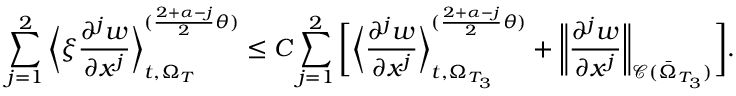
\sum _ { j = 1 } ^ { 2 } \bigg \langle \xi \frac { \partial ^ { j } w } { \partial x ^ { j } } \bigg \rangle _ { t , \Omega _ { T } } ^ { ( \frac { 2 + \alpha - j } { 2 } \theta ) } \leq C \sum _ { j = 1 } ^ { 2 } \bigg [ \bigg \langle \frac { \partial ^ { j } w } { \partial x ^ { j } } \bigg \rangle _ { t , \Omega _ { T _ { 3 } } } ^ { ( \frac { 2 + \alpha - j } { 2 } \theta ) } + \bigg \| \frac { \partial ^ { j } w } { \partial x ^ { j } } \bigg \| _ { \mathcal { C } ( \bar { \Omega } _ { T _ { 3 } } ) } \bigg ] .